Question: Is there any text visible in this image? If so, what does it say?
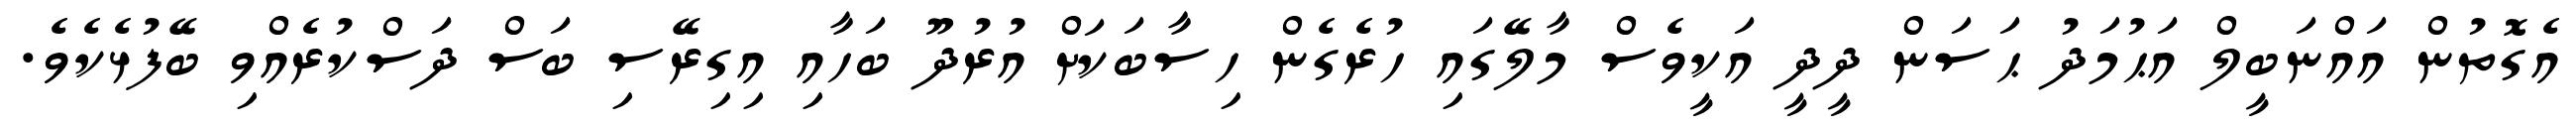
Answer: އެގޮތުން އައްނަބީލް އަޙުމަދު ޙަސަން ދީދީ އަކީވެސް މާލޭގައި ހުރެގެން ހިސާބަކަށް އުރުދޫ ބަހާއި އިގިރޭސި ބަސް ދަސްކުރެއްވި ބޭފުޅެކެވެ.